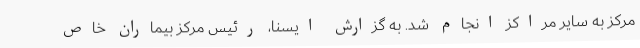
مرکز به سایر مراکز انجام شد. به گزارش ایسنا، رئیس مرکز بیماران خاص